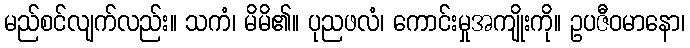
မည်စင်လျက်လည်း။ သကံ၊ မိမိ၏။ ပုညဖလံ၊ ကောင်းမှုအကျိုးကို။ ဥပဇီဝမာနော၊